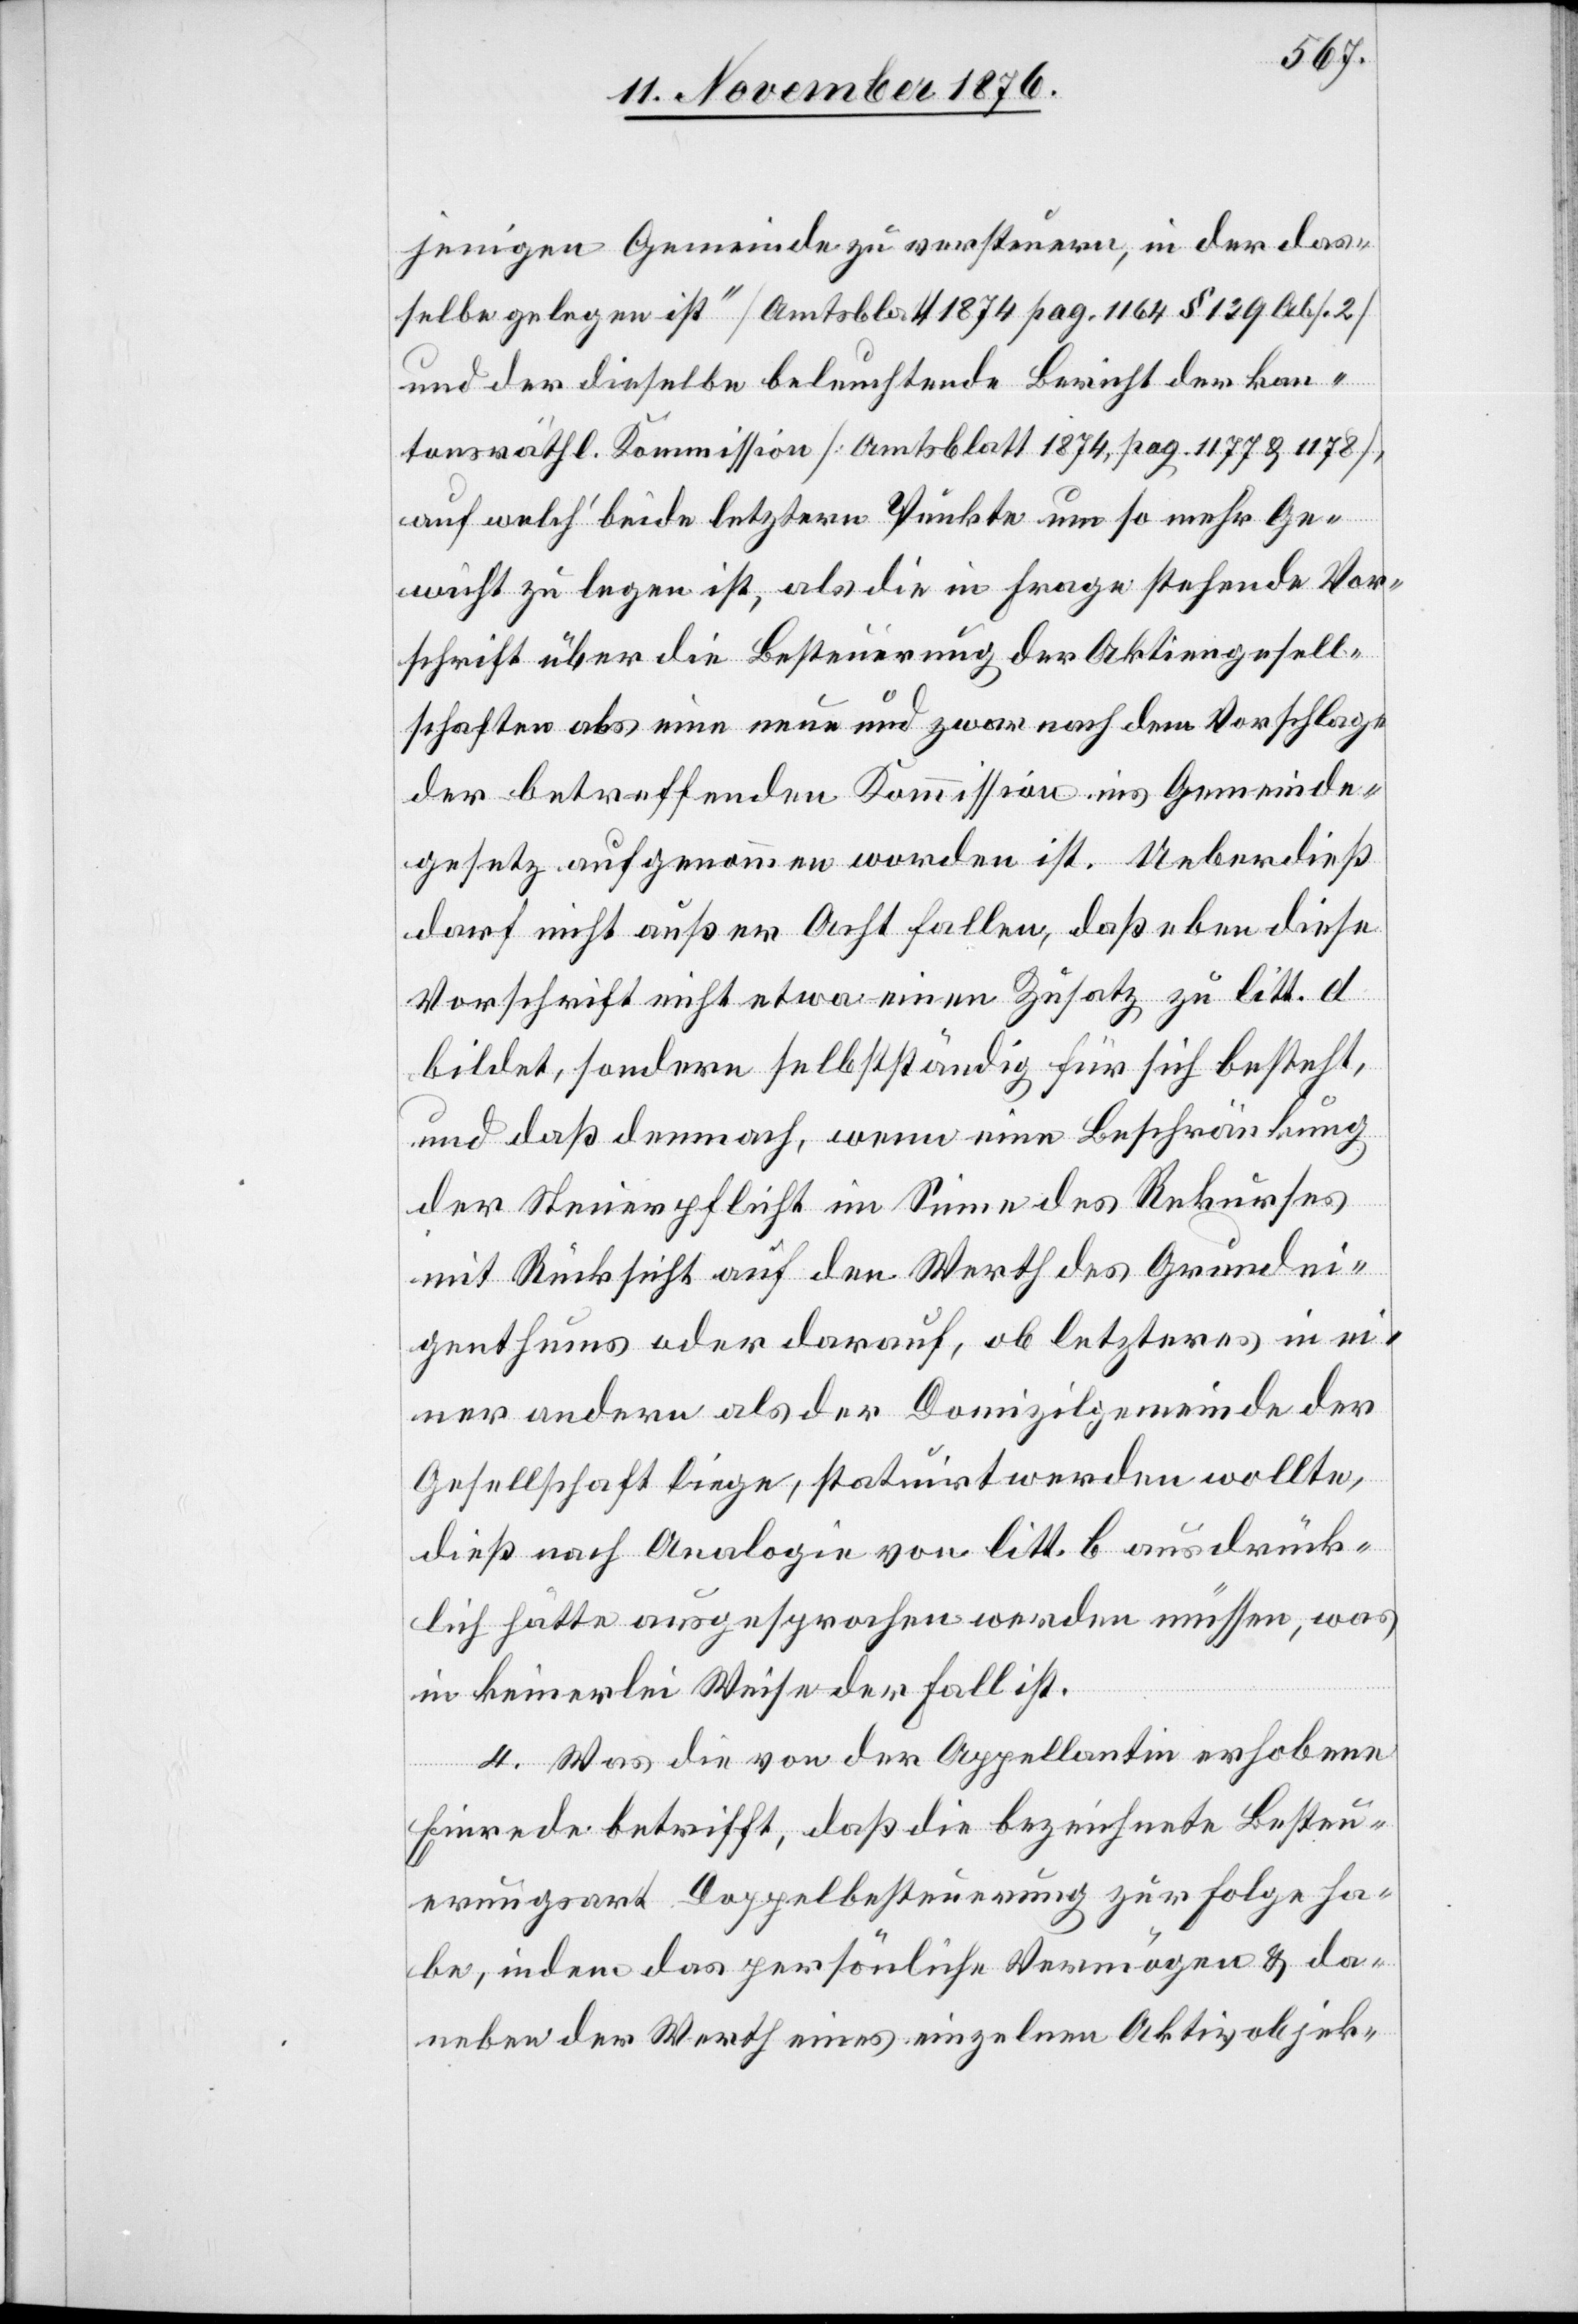
jenigen Gemeinde zu versteuern, in der das¬
selbe gelegen ist“ [Amtsblatt 1874 pag. 1164 § 139 Abs. 2]
und der dieselbe beleuchtende Bericht der kan¬
tonsräthl. Kommission [Amtsblatt 1874 pag. 1177 & 1178],
auf welch’ beide letztern Punkte um so mehr Ge¬
wicht zu legen ist, als die in Frage stehende Vor¬
schrift über die Besteuerung der Aktiengesell¬
schaften als eine neue und zwar nach dem Vorschlage
der betreffenden Kommission ins Gemeinde¬
gesetz aufgenommen worden ist. Ueberdieß
darf nicht außer Acht fallen, daß eben diese
Vorschrift nicht etwa einen Zusatz zu litt. d
bildet, sondern selbstständig für sich besteht,
und daß demnach, wenn eine Beschränkung
der Steuerpflicht im Sinne des Rekurses
mit Rücksicht auf den Werth des Grundei¬
genthums oder darauf, ob letzteres in ei¬
ner andern als der Domizilgemeinde der
Gesellschaft liege, statuirt werden wollte,
dieß nach Analogie von litt. b ausdrück¬
lich hätte ausgesprochen werden müssen, was
in keinerlei Weise der Fall ist.
4. Was die von der Appellantin erhobene
Einrede betrifft, daß die bezeichnete Besteu¬
erungsart Doppelbesteuerung zu Folge ha¬
be, indem das persönliche Vermögen & da¬
neben der Werth eines einzelnen Aktivobjek-